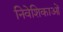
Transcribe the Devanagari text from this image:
निवेशिकाओं